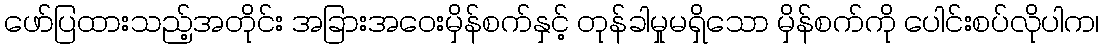
ဖော်ပြထားသည့်အတိုင်း အခြားအဝေးမှိန်စက်နှင့် တုန်ခါမှုမရှိသော မှိန်စက်ကို ပေါင်းစပ်လိုပါက၊